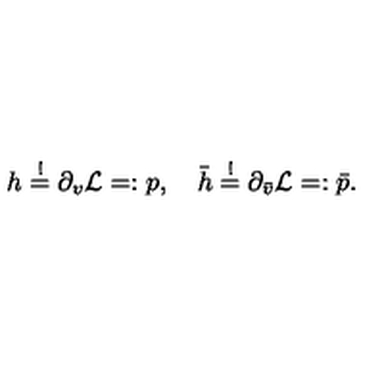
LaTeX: h \stackrel { ! } { = } \partial _ { v } { \cal L } = : p , \quad \bar { h } \stackrel { ! } { = } \partial _ { \bar { v } } { \cal L } = : \bar { p } .